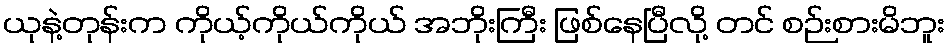
ယုနဲ့တုန်းက ကိုယ့်ကိုယ်ကိုယ် အဘိုးကြီး ဖြစ်နေပြီလို့ တင် စဉ်းစားမိဘူး